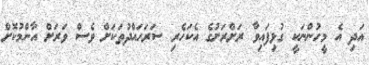
އަދި އެ މީހުންނަކީ ގުޅިފައިވާ ރަށްރަށުގެ އެކަހެރި ސަރަހައްދުތަކަށް ވެސް ވަރަށް އާންމުކޮށް